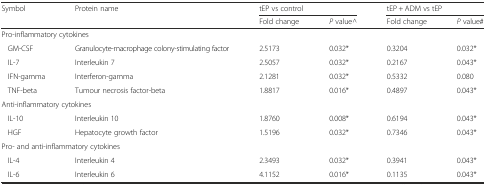
<table><thead><tr><td rowspan="2"><b>Symbol</b></td><td rowspan="2"><b>Protein name</b></td><td colspan="2"><b>tEP vs control</b></td><td colspan="2"><b>tEP + ADM vs tEP</b></td></tr><tr><td><b>Fold change</b></td><td><b><i>P</i> value^</b></td><td><b>Fold change</b></td><td><b><i>P</i> value#</b></td></tr></thead><tbody><tr><td colspan="6">Pro-inflammatory cytokines</td></tr><tr><td>GM-CSF</td><td>Granulocyte-macrophage colony-stimulating factor</td><td>2.5173</td><td>0.032*</td><td>0.3204</td><td>0.032*</td></tr><tr><td>IL-7</td><td>Interleukin 7</td><td>2.5057</td><td>0.032*</td><td>0.2167</td><td>0.043*</td></tr><tr><td>IFN-gamma</td><td>Interferon-gamma</td><td>2.1281</td><td>0.032*</td><td>0.5332</td><td>0.080</td></tr><tr><td>TNF-beta</td><td>Tumour necrosis factor-beta</td><td>1.8817</td><td>0.016*</td><td>0.4897</td><td>0.043*</td></tr><tr><td colspan="6">Anti-inflammatory cytokines</td></tr><tr><td>IL-10</td><td>Interleukin 10</td><td>1.8760</td><td>0.008*</td><td>0.6194</td><td>0.043*</td></tr><tr><td>HGF</td><td>Hepatocyte growth factor</td><td>1.5196</td><td>0.032*</td><td>0.7346</td><td>0.043*</td></tr><tr><td colspan="6">Pro- and anti-inflammatory cytokines</td></tr><tr><td>IL-4</td><td>Interleukin 4</td><td>2.3493</td><td>0.032*</td><td>0.3941</td><td>0.043*</td></tr><tr><td>IL-6</td><td>Interleukin 6</td><td>4.1152</td><td>0.016*</td><td>0.1135</td><td>0.043*</td></tr></tbody></table>